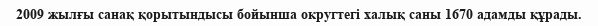
2009 жылғы санақ қорытындысы бойынша округтегі халық саны 1670 адамды құрады.